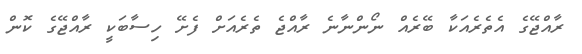
ރާއްޖޭގެ އެތެރެއަކާ ބޭރެއް ނޯންނާނެ ރާއްޖެ ތެރެއަށް ފެށޭ ހިސާބަކީ ރާއްޖޭގެ ކޮން